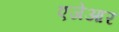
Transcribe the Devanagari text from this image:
एजेआर